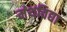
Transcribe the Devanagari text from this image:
मंथविद्या